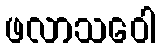
ဖလာသဝေါ